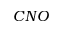
C N O